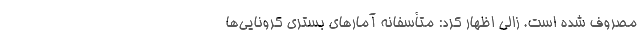
مصروف شده است. زالی اظهار کرد: متأسفانه آمار‌های بستری کرونایی‌ها